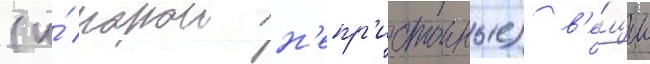
(и́ порои н'епр'истоиные) в'е́щи